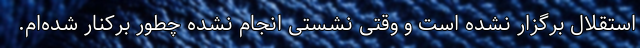
استقلال برگزار نشده است و وقتی نشستی انجام نشده چطور برکنار شده‌ام.